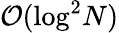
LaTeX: {\cal O}(\log^{2}\! N)